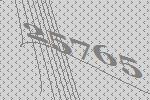
25765